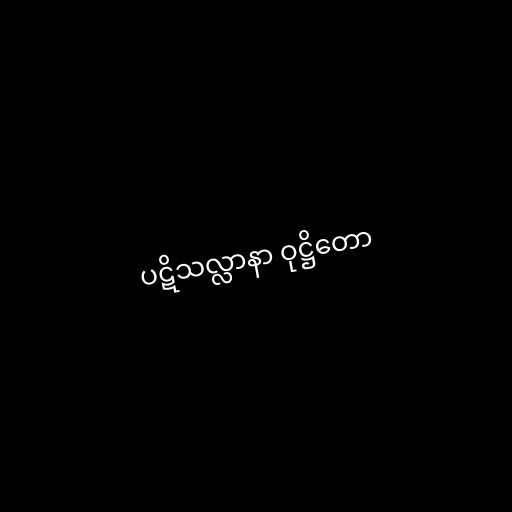
ပဋိသလ္လာနာ ဝုဋ္ဌိတော